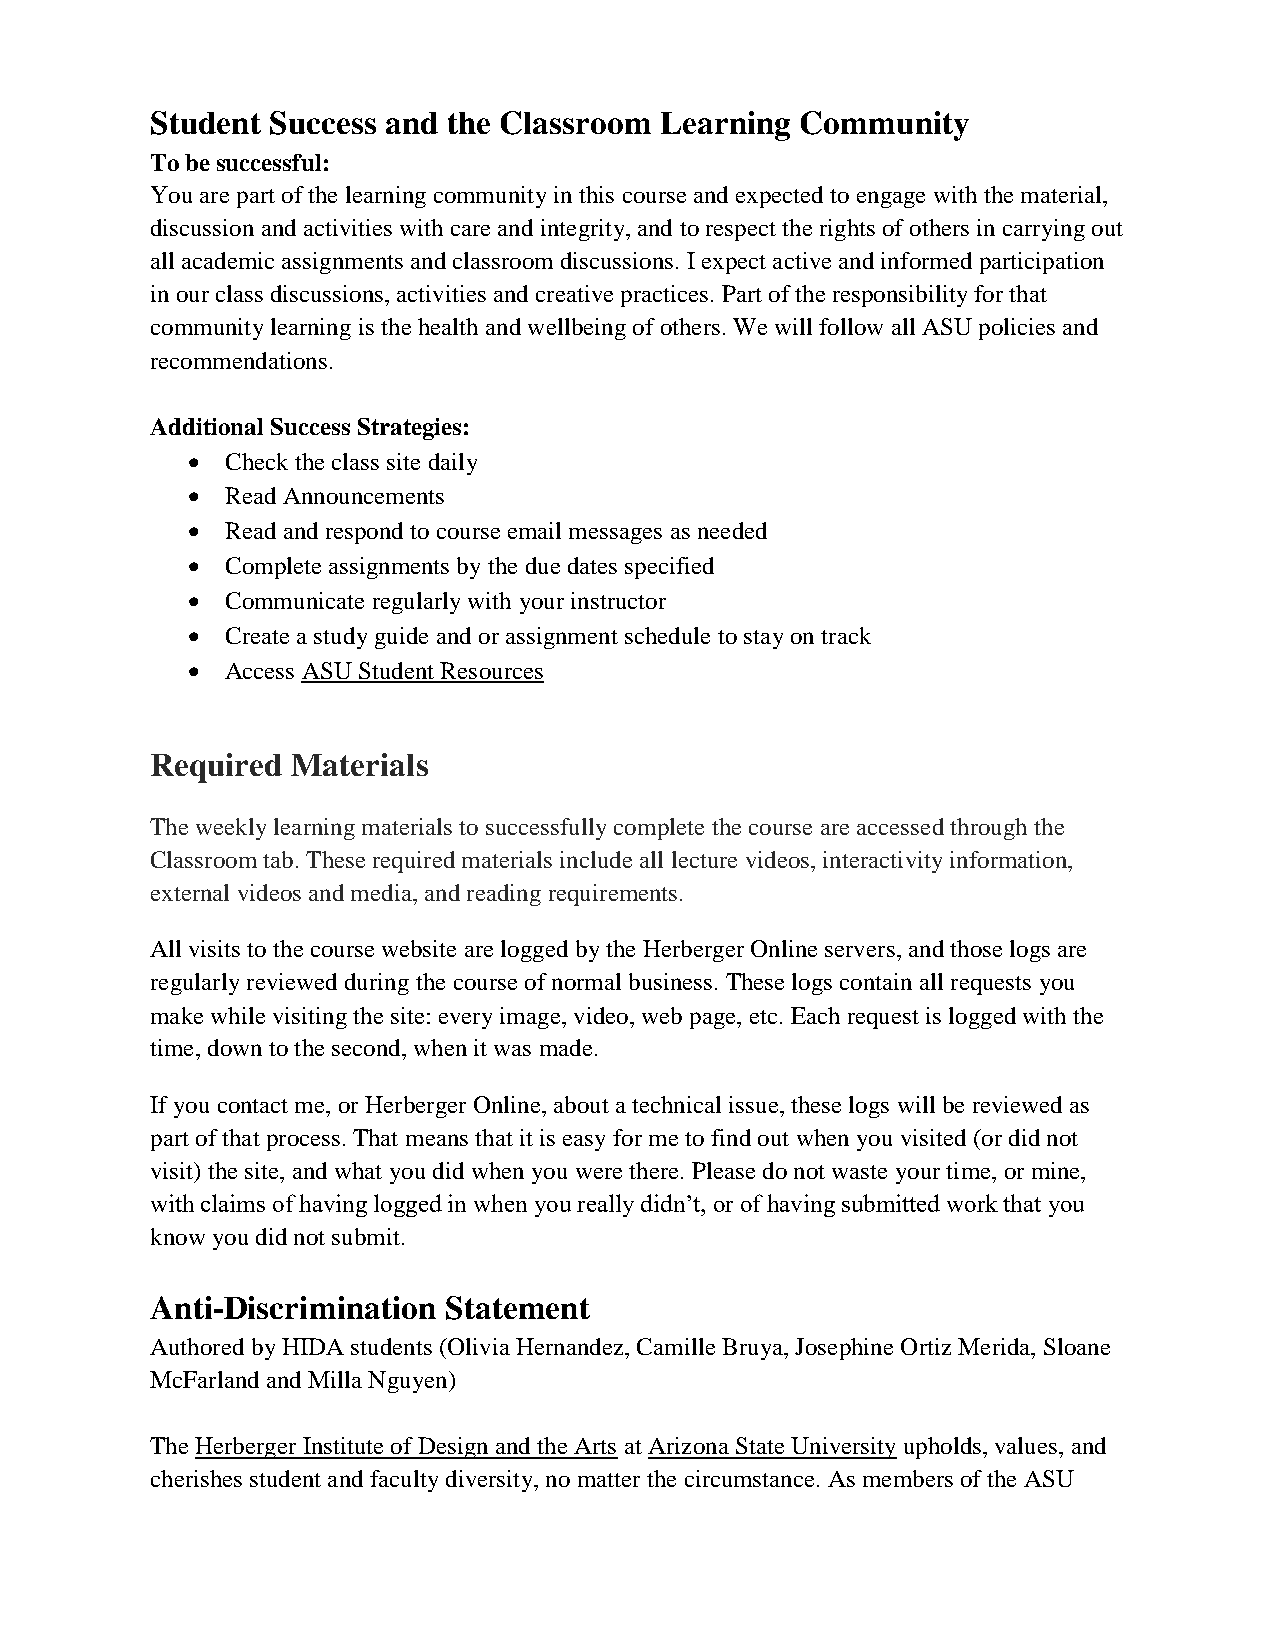
Student Success and the Classroom Learning Community
 To be successful:
 You are part of the learning community in this course and expected to engage with the material,
 discussion and activities with care and integrity, and to respect the rights of others in carrying out
 all academic assignments and classroom discussions. I expect active and informed participation
 in our class discussions, activities and creative practices. Part of the responsibility for that
 community learning is the health and wellbeing of others. We will follow all ASU policies and
 recommendations.
 Additional Success Strategies:
   Check the class site daily
   Read Announcements
   Read and respond to course email messages as needed
   Complete assignments by the due dates specified
   Communicate regularly with your instructor
   Create a study guide and or assignment schedule to stay on track
   Access ASU Student Resources
 Required Materials
 The weekly learning materials to successfully complete the course are accessed through the
 Classroom tab. These required materials include all lecture videos, interactivity information,
 external videos and media, and reading requirements.
 All visits to the course website are logged by the Herberger Online servers, and those logs are
 regularly reviewed during the course of normal business. These logs contain all requests you
 make while visiting the site: every image, video, web page, etc. Each request is logged with the
 time, down to the second, when it was made.
 If you contact me, or Herberger Online, about a technical issue, these logs will be reviewed as
 part of that process. That means that it is easy for me to find out when you visited (or did not
 visit) the site, and what you did when you were there. Please do not waste your time, or mine,
 with claims of having logged in when you really didn’t, or of having submitted work that you
 know you did not submit.
 Anti-Discrimination Statement
 Authored by HIDA students (Olivia Hernandez, Camille Bruya, Josephine Ortiz Merida, Sloane
 McFarland and Milla Nguyen)
 The Herberger Institute of Design and the Arts at Arizona State University upholds, values, and
 cherishes student and faculty diversity, no matter the circumstance. As members of the ASU